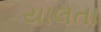
યાલતા